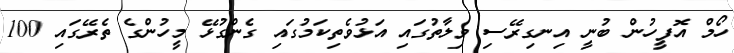
ހޯމް އޮފީހުން ބުނީ އިނގިރޭސި ވިލާތުގައި އަޅުވެތިކަމުގައި ގެންގުޅޭ މީހުންގެ ތެރޭގައި 100